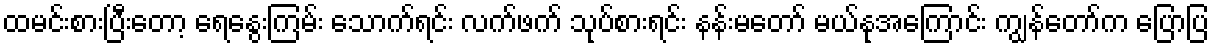
ထမင်းစားပြီးတော့ ရေနွေးကြမ်း သောက်ရင်း လက်ဖက် သုပ်စားရင်း နန်းမတော် မယ်နုအကြောင်း ကျွန်တော်က ပြောပြ